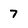
Character: 7